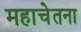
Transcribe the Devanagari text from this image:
महाचेतना